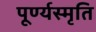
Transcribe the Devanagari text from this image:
पूर्ण्यस्मृति